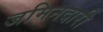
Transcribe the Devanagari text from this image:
जमिनदारी